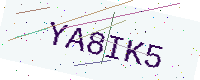
Text: YA8IK5